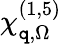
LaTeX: \chi_{\boldsymbol{\mathtt{q}},\Omega}^{(1,5)}